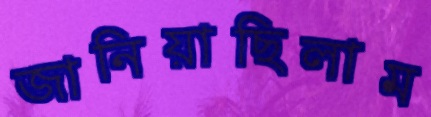
জানিয়াছিলাম